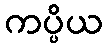
ကပ္ပိယ